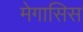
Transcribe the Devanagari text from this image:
मेगासिस